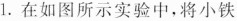
1.在如图所示实验中，将小铁